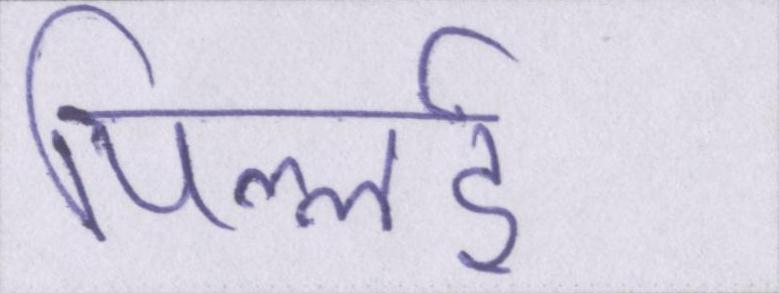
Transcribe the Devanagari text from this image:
पिल्लई